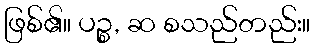
ဖြစ်၏။ ပဉ္စ, ဆ စသည်တည်း။